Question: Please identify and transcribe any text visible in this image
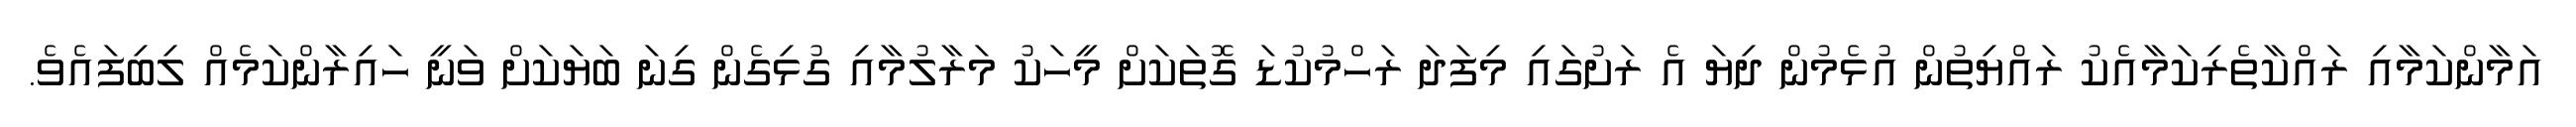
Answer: އަމާންކަމާއި ރައްކާތެރިކަމާއެކު ރައްޔިތުން އުޅެމުން ދިޔަ އެ ރަށުގައި މިފަދަ ރަހްމުކުޑަ ގޮތަކަށް މީހަކު މަރާލުމާއި ގުޅިގެން ގިނަ ބަޔަކަށް ވަނީ ހައިރާންކަމެއް ލިބިފައެވެ.